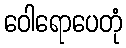
ဝေါရောပေတုံ